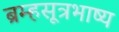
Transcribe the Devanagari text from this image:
ब्रम्हसूत्रभाष्य